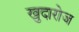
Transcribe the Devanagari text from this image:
खुदारोज